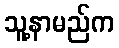
သူ့နာမည်က